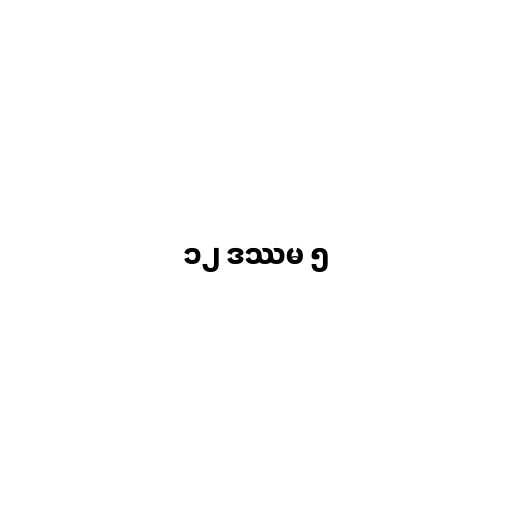
၁၂ ဒဿမ ၅